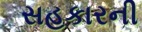
સહકારની